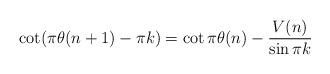
LaTeX: \begin{align*}\cot(\pi\theta(n+1)-\pi k)=\cot\pi\theta(n)-\frac{V(n)}{\sin\pi k}\end{align*}